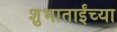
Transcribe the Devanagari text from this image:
शुभाताईंच्या